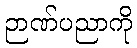
ဉာဏ်ပညာကို